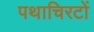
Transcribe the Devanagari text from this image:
पथाचिरटों